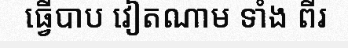
ធ្វើបាប វៀតណាម ទាំង ពីរ